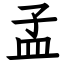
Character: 孟